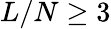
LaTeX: L/N\ge 3